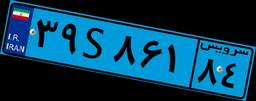
۳۹S۸۶۱۸۴